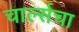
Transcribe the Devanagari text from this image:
चार्ल्सचा